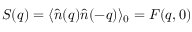
S ( \boldsymbol { q } ) = \langle \hat { n } ( \boldsymbol { q } ) \hat { n } ( - \boldsymbol { q } ) \rangle _ { 0 } = F ( \boldsymbol { q } , 0 )